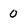
Character: 0